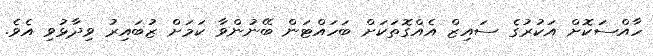
ހާއްސަކޮށް އަކުރުގެ ސައިޒް އެއްގޮތަކަށް ބަހައްޓަން ބޭނުންވާ ކަމަށް ޒުބައިރު ވިދާޅުވި އެވެ.